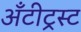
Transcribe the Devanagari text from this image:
अँटीट्रस्ट